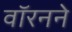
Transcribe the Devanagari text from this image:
वॉरनने